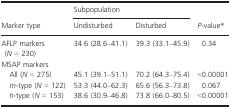
| <ROWSPAN=2> Marker type | <COLSPAN=2> Subpopulation | <ROWSPAN=2> P‐valuea |
 | Undisturbed | Disturbed |
 | --- | --- | --- | --- |
 | AFLP markers (N = 230) | 34.6 (28.6–41.1) | 39.3 (33.1–45.9) | 0.34 |
 | <COLSPAN=4> MSAP markers |
 | All (N = 275) | 45.1 (39.1–51.1) | 70.2 (64.3–75.4) | <0.00001 |
 | m‐type (N = 122) | 53.3 (44.0–62.3) | 65.6 (56.3–73.8) | 0.067 |
 | h‐type (N = 153) | 38.6 (30.9–46.8) | 73.8 (66.0–80.5) | <0.00001 |